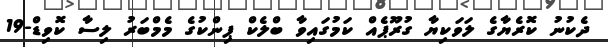
ދެކުނު ކޮރެޔާގެ ލަވަކިޔާ ގުރޫޕެއް ކަމުގައިވާ ބްލެކް ޕިންކުގެ މެމްބަރު ލިސާ ކޮވިޑް-19